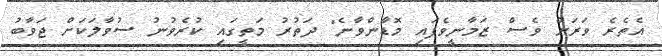
އެތެރެ ވަރަށް ވެސް ޒަމާނީވެފައި މޮޑާންވާނެ" ދަތުރު މަތީގައި ކުރެވުނު ސުވާލަކަށް ޖަވާބު